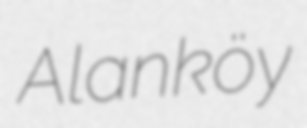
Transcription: Alanköy